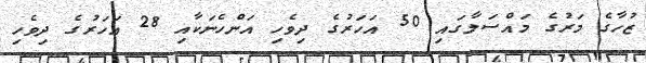
ޒުހާގެ މަރުގެ މައްސަލާގައި 50 އަހަރުގެ ދިވެހި އަންހެނަކާއި 28 އަހަރުގެ ދިވެހި